Report of the Municipal Commissioner on the plague in Bombay for the year ending 31st May... - Volume 3
Disease focus: Plague
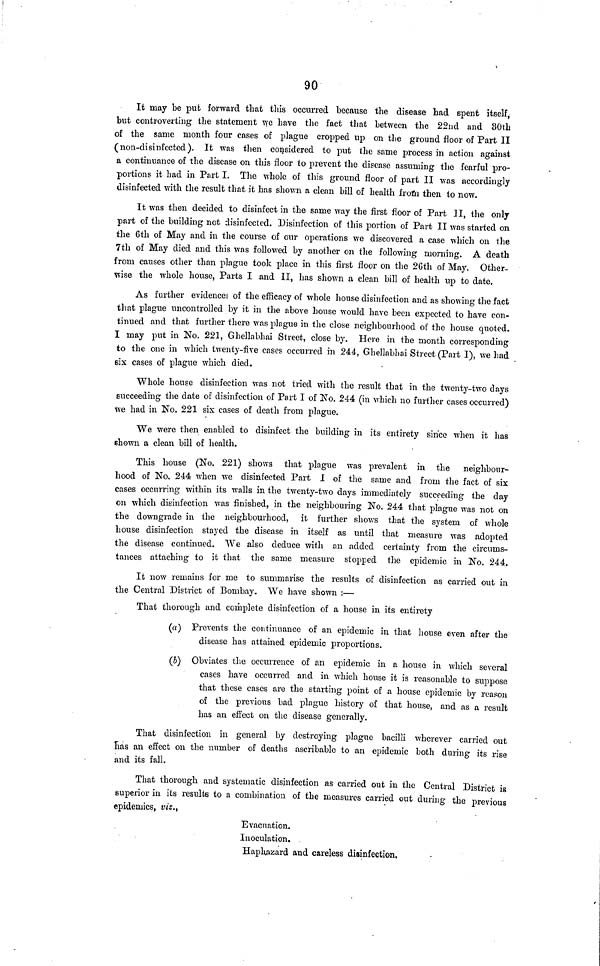
90
It may be put forward that this occurred because the disease had spent itself,
but controverting the statement we have the fact that between the 22nd and 30th
of the same month four cases of plague cropped up on the ground floor of Part II
(non-disinfected). It was then considered to put the same process in action against
a continuance of the disease on this floor to prevent the disease assuming the fearful pro-
portions it had in Part I. The whole of this ground floor of part II was accordingly
disinfected with the result that it has shown a clean bill of health from then to now.
It was then decided to disinfect in the same way the first floor of Part II, the only
part of the building not disinfected. Disinfection of this portion of Part II was started on
the 6th of May and in the course of our operations we discovered a case which on the
7th of May died and this was followed by another on the following morning. A death
from causes other than plague took place in this first floor on the 2Gth of May. Other-
wise the whole house, Parts I and II, has shown a clean bill of health up to date.
As further evidence of the efficacy of whole house disinfection and as showing the fact
that plague uncontrolled by it in the above house would have been expected to have con-
tinued and that further there was plague in the close neighbourhood of the house quoted.
I may put in No. 221, Ghellabhai Street, close by. Here in the month corresponding
to the one in which twenty-five cases occurred in 244, Ghellabhai Street (Part I), we had
six cases of plague which died.
Whole house disinfection was not tried with the result that in the twenty-two days
succeeding the date of disinfection of Part I of No. 244 (in which no further cases occurred)
we had in No. 221 six cases of death from plague.
We were then enabled to disinfect the building in its entirety since when it has
6hown a clean bill of health.
This house (No. 221) shows that plague was prevalent in the neighbour-
hood of No. 244 when we disinfected Part I of the same and from the fact of six
cases occurring within its walls in the twenty-two days immediately succeeding the day
on which disinfection was finished, in the neighbouring No. 244 that plague was not on
the downgrade in the neighbourhood, it further shows that the system of whole
house disinfection stayed the disease in itself as until that measure was adopted
the disease continued. We also deduce with an added certainty from the circums-
tances attaching to it that the same measure stopped the epidemic in No. 244.
It now remains for me to summarise the results of disinfection as carried out in
the Central District of Bombay. We have shown :—
That thorough and complete disinfection of a house in its entirety
(a) Prevents the continuance of an epidemic in that house even after the
disease has attained epidemic proportions.
(b) Obviates the occurrence of an epidemic in a house in which several
cases have occurred and in which house it is reasonable to suppose
that these cases are the starting point of a house epidemic by reason
of the previous bad plague history of that house, and as a result
has an effect on the disease generally.
That disinfection in general by destroying plague bacilli wherever carried out
has an effect on the number of deaths ascribable to an epidemic both during its rise
and its fall.
That thorough and systematic disinfection as carried out in the Central District is
superior in its results to a combination of the measures carried out during the previous
epidemics, viz.,
Evacuation.
Inoculation.
Haphazard and careless disinfection,